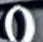
0